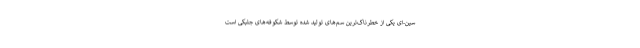
سین-ای یکی از خطرناک‌ترین سم‌های تولید شده توسط شکوفه‌های جلبکی ‌است